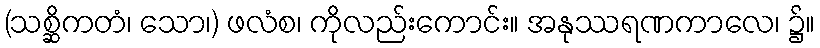
(သစ္ဆိကတံ၊ သော၊) ဖလံစ၊ ကိုလည်းကောင်း။ အနုဿရဏကာလေ၊ ၌။